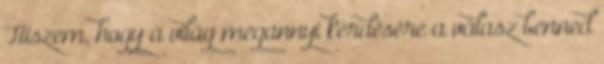
Hiszem, hogy a világ megannyi kérdésére a válasz benned